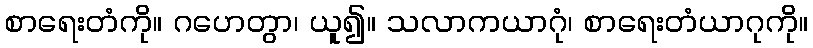
စာရေးတံကို။ ဂဟေတွာ၊ ယူ၍။ သလာကယာဂုံ၊ စာရေးတံယာဂုကို။